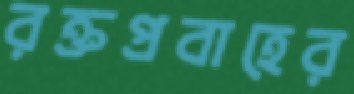
রক্তপ্রবাহের